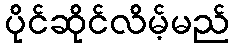
ပိုင်ဆိုင်လိမ့်မည်